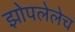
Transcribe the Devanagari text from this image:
झोपलेलेच